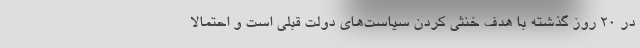
در ۲۰ روز گذشته با هدف خنثی کردن سیاست‌های دولت قبلی است و احتمالا